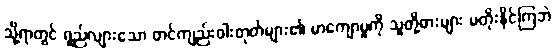
သို့ရာတွင် ရှည်လျားသော တင်ကျည်းဝါးတုတ်များ၏ မာကျောမှုကို သူတို့ဓားများ မတိုးနိုင်ကြဘဲ